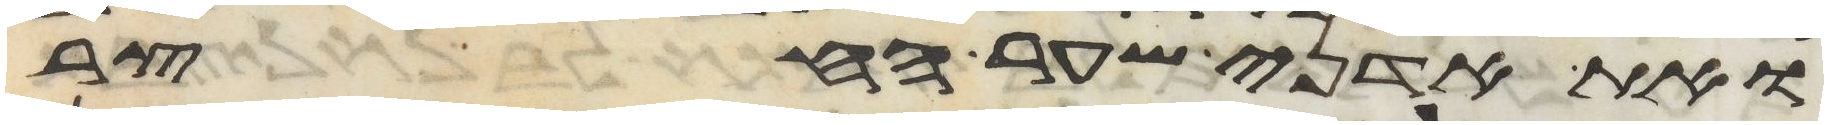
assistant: ואת אדני שער החצר